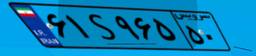
۲۶S۲۸۵۴۲